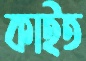
কাইত